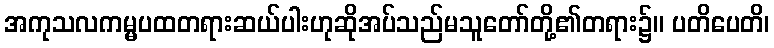
အကုသလကမ္မပထတရားဆယ်ပါးဟုဆိုအပ်သည်မသူတော်တို့၏တရား၌။ ပတိပေတိ၊